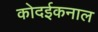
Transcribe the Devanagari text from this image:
कोदईकनाल